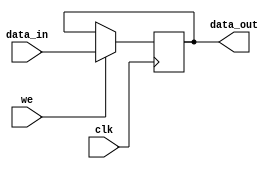


// synopsys translate_off
//`include "timescale.v"
// synopsys translate_on
`timescale 1ns / 1ps


module can_register
( data_in,
  data_out,
  we,
  clk
);

parameter WIDTH = 8; // default parameter of the register width

input [WIDTH-1:0] data_in;
input             we;
input             clk;

output [WIDTH-1:0] data_out;
reg    [WIDTH-1:0] data_out;



always @ (posedge clk)
begin
  if (we)                        // write
    data_out<=#1 data_in;
end



endmodule